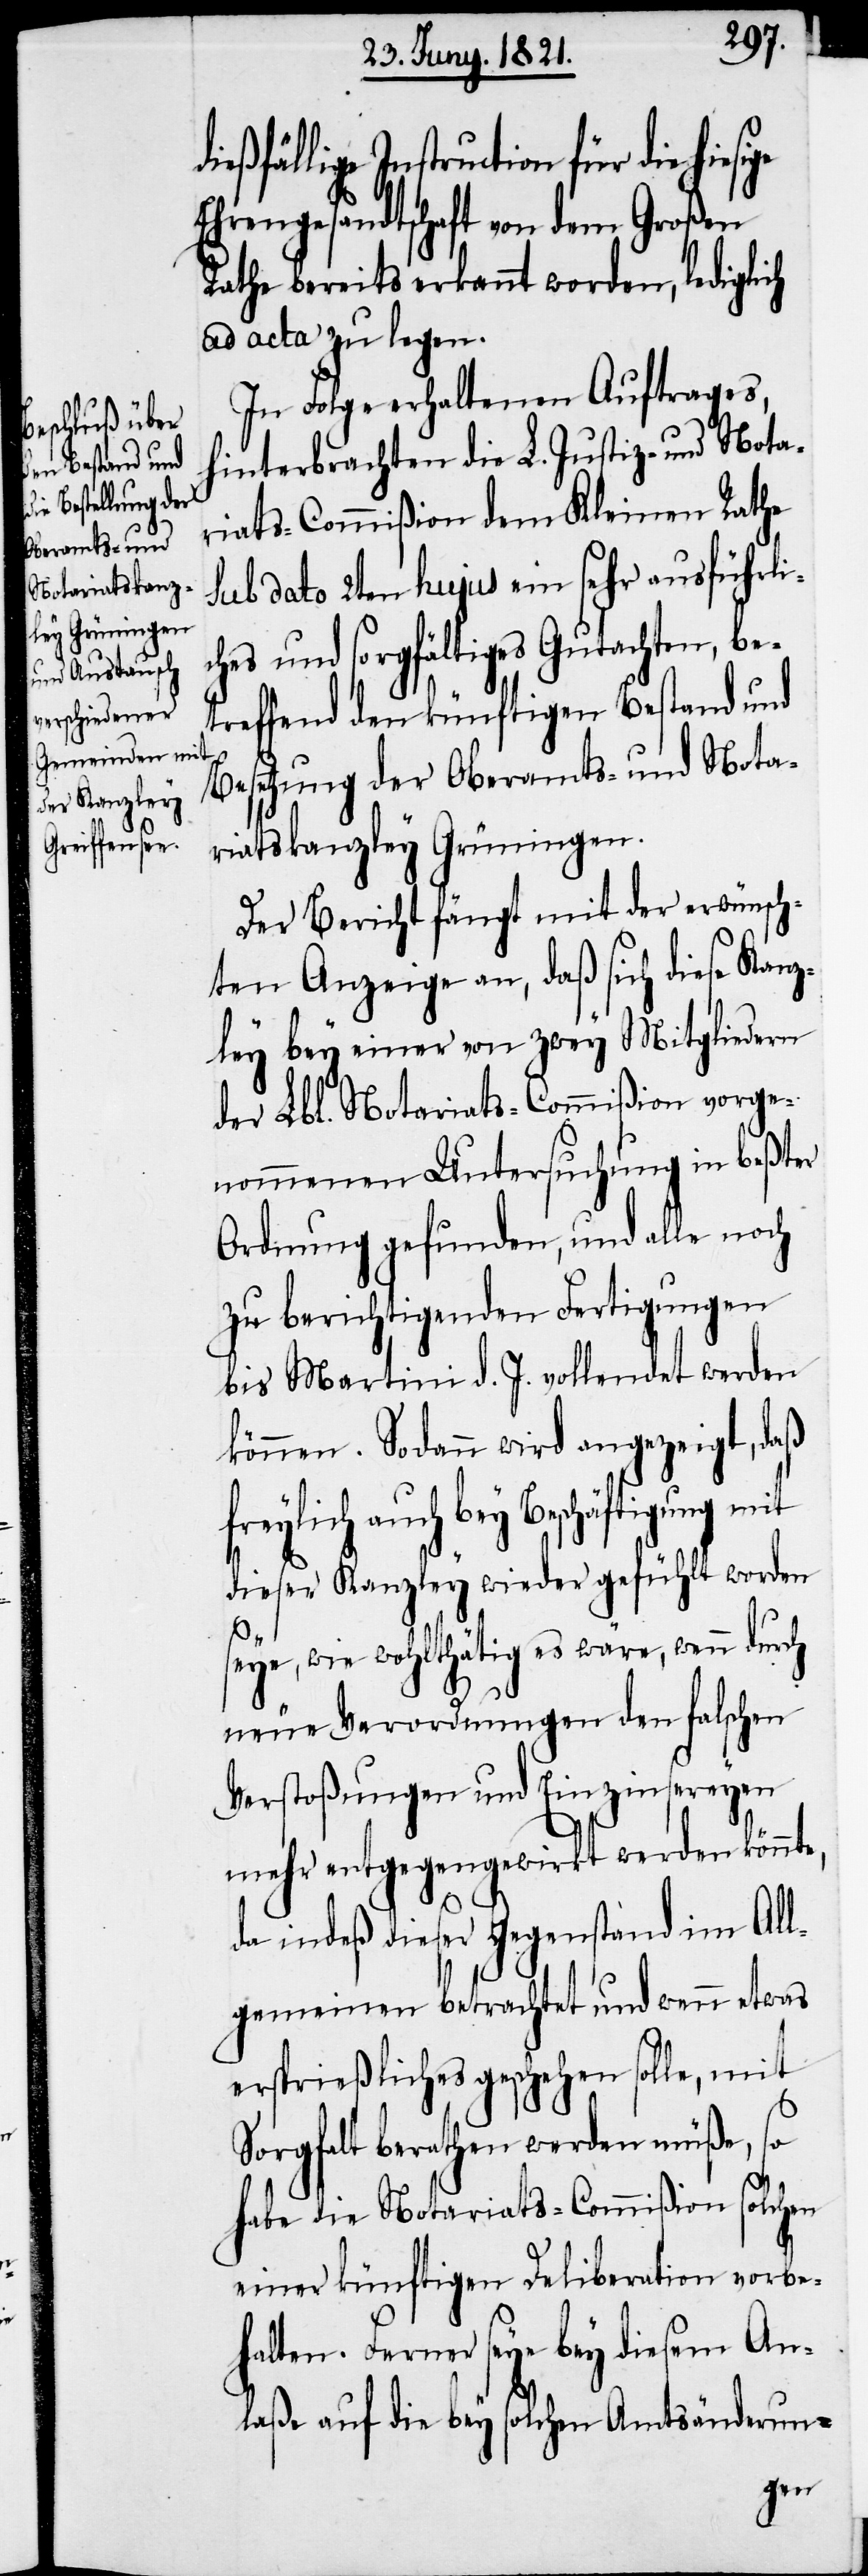
dießfällige Instruction für die
Ehrengesandtschaft von dem Großen
Rathe bereits erkannt worden, lediglich
ad acta zu legen.
In Folge erhaltenen Auftrages,
hinterbrachten die L. Justiz- und Nota¬
riats-Commißion dem Kleinen Rathe
sub dato 2ten hujus ein sehr ausführli¬
und sorgfältiges Gutachten, be¬
treffend den künftigen Bestand und
Besetzung der Oberamts- und Nota¬
riatskanzley Grüningen.
Der Bericht fängt mit der erwünsch¬
ten Anzeige an, daß sich diese Kanz¬
ley bey einer von zwey Mitgliedern
der Lbl. Notariats-Commißion vorge¬
nommenen Untersuchung in beßter
Ordnung gefunden, und alle noch
zu berichtigenden Fertigungen
bis Martini d. J. vollendet werden
können. Sodann wird angezeigt, daß
auch bey Beschäftigung mit
dieser Kanzley wieder gefühlt worden
seye, wie wohlthätig es wäre, wenn durch
neue Verordnungen den falschen
Verstoßungen und Einzinsereyen
mehr entgegengewirkt werden
da indeß dieser Gegenstand im All¬
gemeinen betrachtet und wenn etwas
ersprießliches geschehen solle, mit
Sorgfalt berathen werden müße, so
habe die Notariats-Commißion solchen
einer künftigen Deliberation vorbe¬
halten. Ferner seye bey diesem An¬
laße auf die bey solchen Amtsänderun-
ches